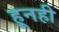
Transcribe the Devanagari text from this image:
हूनही